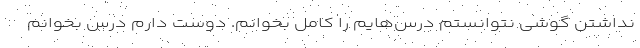
نداشتن گوشی نتوانستم درس‌هایم را کامل بخوانم. دوست دارم درس بخوانم